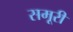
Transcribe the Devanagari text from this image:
समूरी